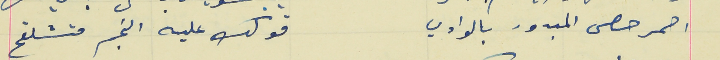
احمر حصى المبدور بالوادي                                        قولك عليه النجر متشلقح